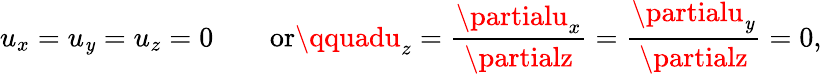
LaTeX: u_{x}=u_{\mathit{y}}=u_{z}=0\qquad\textrm{{or}}\qquadu_{z}=\frac{{\partialu_{x}}}{{\partialz}}=\frac{{\partialu_{\mathit{y}}}}{{\partialz}}=0,